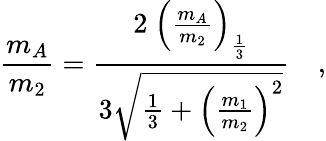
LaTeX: \frac{m_{A}}{m_{2}}=\frac{2~\left(\frac{m_{A}}{m_{2}}\right)_{\frac{1}{3}}}{3\sqrt{\frac{1}{3}+\left(\frac{m_{1}}{m_{2}}\right)^{2}}}\quad,